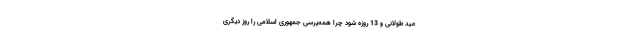
عید طولانی و 13 روزه شود چرا همه‌پرسی جمهوری اسلامی را روز دیگری